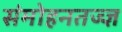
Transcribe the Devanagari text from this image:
संमोहनतज्‍ज्ञ